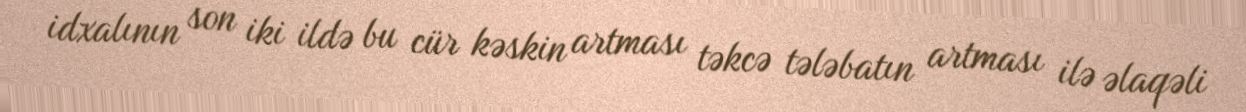
idxalının son iki ildə bu cür kəskin artması təkcə tələbatın artması ilə əlaqəli